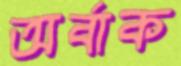
অর্বাক